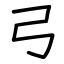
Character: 弓